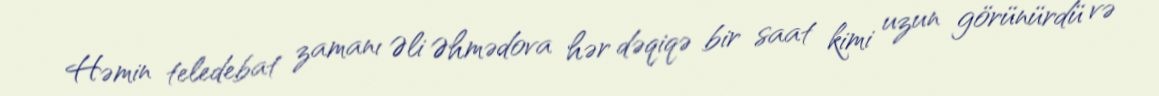
Həmin teledebat zamanı Əli Əhmədova hər dəqiqə bir saat kimi uzun görünürdü və